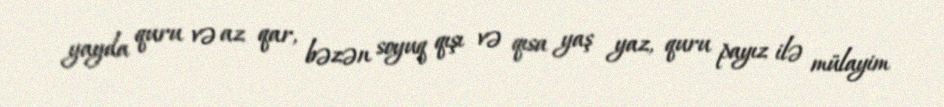
yayda quru və az qar, bəzən soyuq qışı və qısa yaş yaz, quru payız ilə mülayim